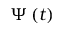
\boldsymbol { \Psi } \left( t \right)